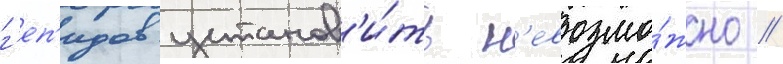
г'еп'идов установ'и́ть н'евозмо́жно //